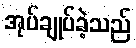
အုပ်ချုပ်ခဲ့သည်